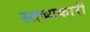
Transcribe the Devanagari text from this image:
स्‍तब्‍धकारी